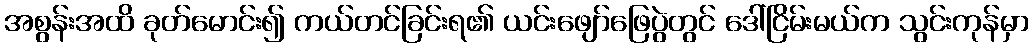
အစွန်းအထိ ခုတ်မောင်း၍ ကယ်တင်ခြင်းရ၏ ယင်းဖျော်ဖြေပွဲတွင် ဒေါ်ငြိမ်းမယ်က သွင်းကုန်မှာ